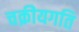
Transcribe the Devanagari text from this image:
चक्रीयगति